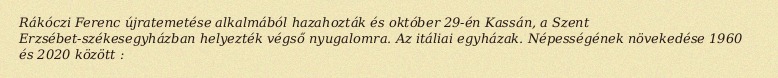
Rákóczi Ferenc újratemetése alkalmából hazahozták és október 29-én Kassán, a Szent Erzsébet-székesegyházban helyezték végső nyugalomra. Az itáliai egyházak. Népességének növekedése 1960 és 2020 között :